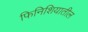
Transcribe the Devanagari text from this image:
फिनिशियातील